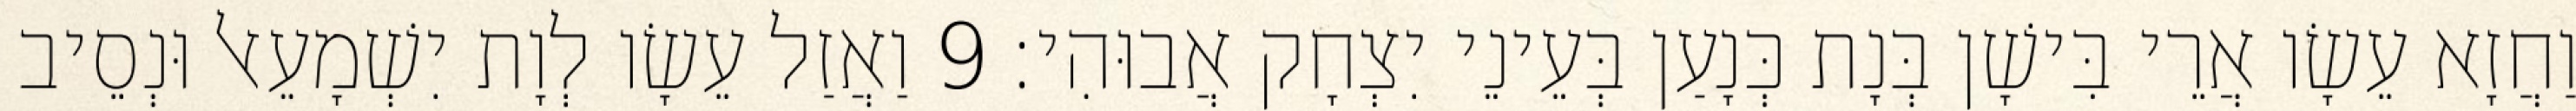
וַחֲזָא עֵשָׂו אֲרֵי בִּישָׁן בְּנָת כְּנָעַן בְּעֵינֵי יִצְחָק אֲבוּהִי׃ 9 וַאֲזַל עֵשָׂו לְוָת יִשְׁמָעֵאל וּנְסֵיב